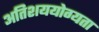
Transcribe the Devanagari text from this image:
अतिशययोग्यता